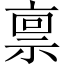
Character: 禀